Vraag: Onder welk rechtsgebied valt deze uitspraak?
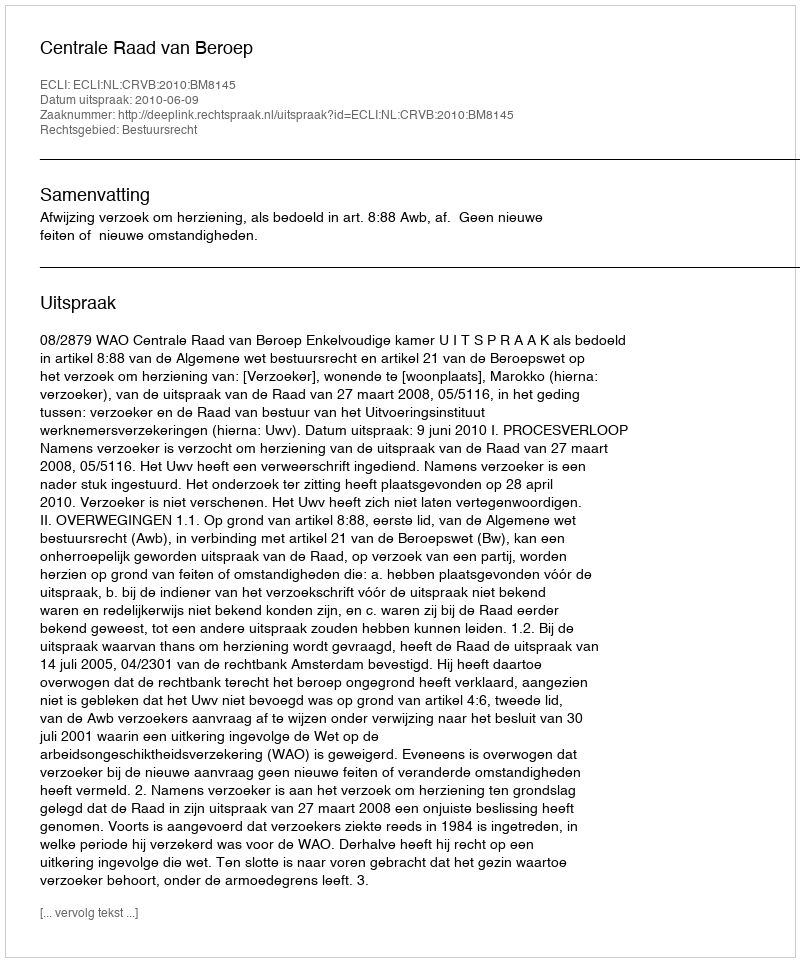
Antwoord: Bestuursrecht